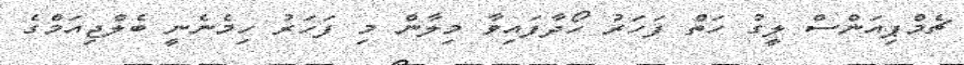
ޗެމްޕިއަންސް ލީގު ހަތް ފަހަރު ހޯދާފައިވާ މިލާން މި ފަހަރު ހިމެނެނީ ބެލްޖިއަމްގެ